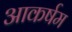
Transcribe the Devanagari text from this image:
आकर्षम